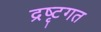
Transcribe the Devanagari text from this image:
द्रष्टृगत